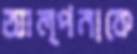
আল্পনাকে